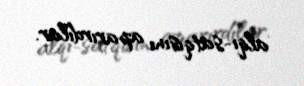
alqı-satqısını aparırdılar.